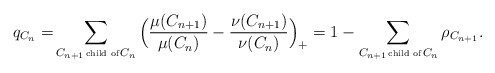
\begin{align*}q_{C_n}=&\sum_{C_{n+1} \!\hbox{\tiny{ child of }}\! C_n}\Big(\frac{\mu(C_{n+1})}{\mu(C_n)}-\frac{\nu(C_{n+1})}{\nu(C_n)} \Big)_+=1 - \sum_{C_{n+1} \!\hbox{\tiny{ child of }}\! C_n} \rho_{C_{n+1}}.\end{align*}